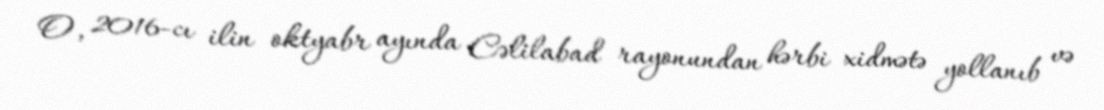
O, 2016-cı ilin oktyabr ayında Cəlilabad rayonundan hərbi xidmətə yollanıb və